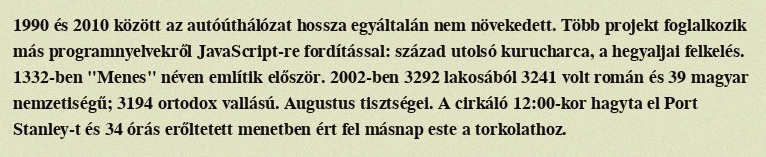
1990 és 2010 között az autóúthálózat hossza egyáltalán nem növekedett. Több projekt foglalkozik más programnyelvekről JavaScript-re fordítással: század utolsó kurucharca, a hegyaljai felkelés. 1332-ben "Menes" néven említik először. 2002-ben 3292 lakosából 3241 volt román és 39 magyar nemzetiségű; 3194 ortodox vallású. Augustus tisztségei. A cirkáló 12:00-kor hagyta el Port Stanley-t és 34 órás erőltetett menetben ért fel másnap este a torkolathoz.